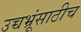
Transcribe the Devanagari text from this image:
उच्चभ्रूंसाठीच